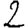
Digit: 2